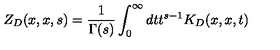
Z _ { D } ( x , x , s ) = { \frac { 1 } { \Gamma ( s ) } } \int _ { 0 } ^ { \infty } d t t ^ { s - 1 } K _ { D } ( x , x , t )